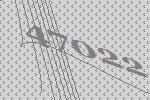
47022